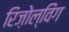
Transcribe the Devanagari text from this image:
रिज़ोल्विंग